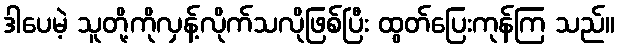
ဒါပေမဲ့ သူတို့ကိုလှန့်လိုက်သလိုဖြစ်ပြီး ထွတ်ပြေးကုန်ကြ သည်။